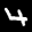
Label: 4